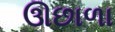
ઊછાળા